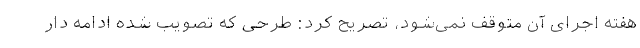
هفته اجرای آن متوقف نمی‌شود، تصریح کرد: طرحی که تصویب شده ادامه دار